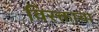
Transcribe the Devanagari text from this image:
विरक्ताचा